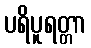
ပရိပူရတ္တာ